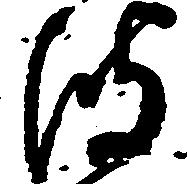
波